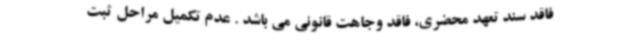
فاقد سند تعهد محضری، فاقد وجاهت قانونی می باشد . عدم تکمیل مراحل ثبت